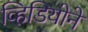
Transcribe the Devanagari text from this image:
व्हिडियोने